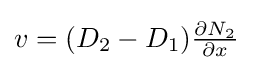
\textstyle v=(D_{2}-D_{1}){\frac {\partial N_{2}}{\partial x}}